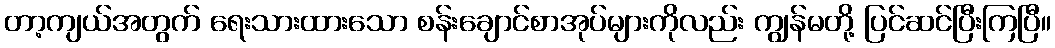
တာ့ကျယ်အတွက် ရေးသားထားသော စန်းချောင်စာအုပ်များကိုလည်း ကျွန်မတို့ ပြင်ဆင်ပြီးကြပြီ။